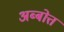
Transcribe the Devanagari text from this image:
अब्बोत्त